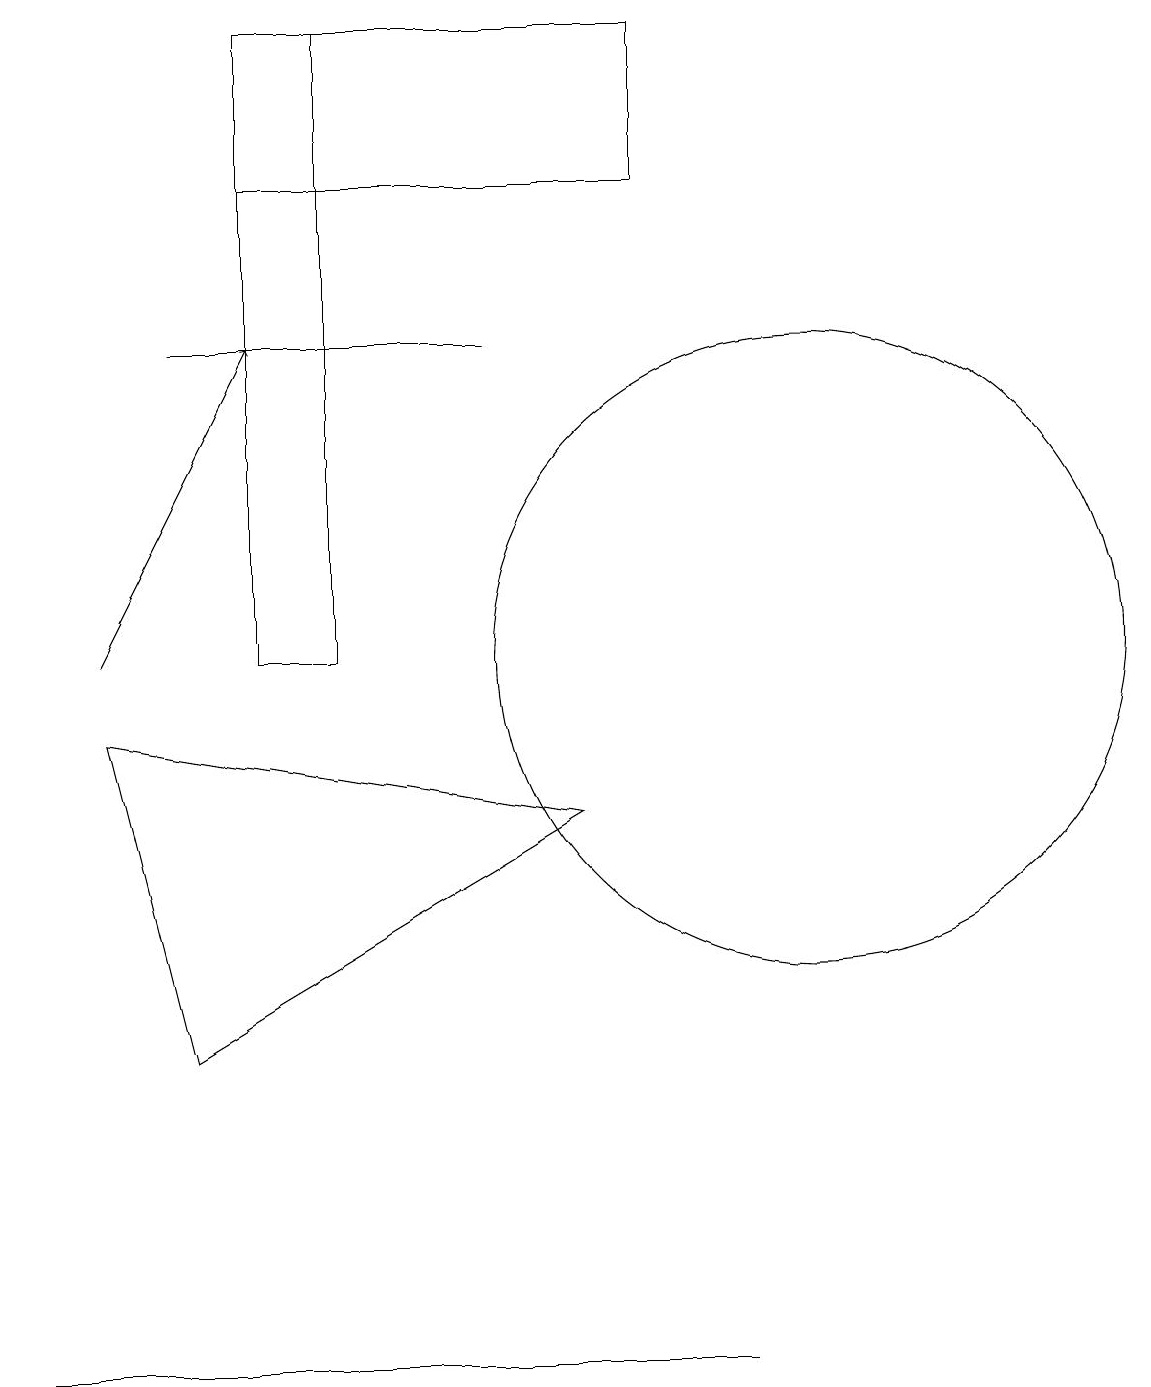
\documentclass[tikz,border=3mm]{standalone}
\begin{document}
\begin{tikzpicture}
\draw (3,10) rectangle (4,18);
\draw (1,9) -- (2,5) -- (7,8) -- cycle;
\draw (0,1) -- (0,1) -- (9,1) -- cycle;
\draw (8,16) rectangle (3,18);
\draw[->] (1,10) -- (3,14);
\draw (6,14) rectangle (2,14);
\draw (10,10) circle (4);
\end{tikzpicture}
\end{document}